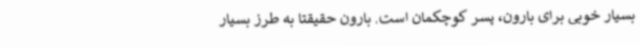
بسیار خوبی برای بارون، پسر کوچکمان است. بارون حقیقتا به طرز بسیار